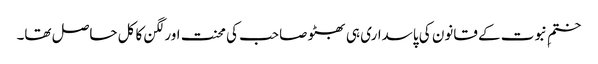
ختمِ نبوت کے قانون کی پاسداری ہی بھٹو صاحب کی محنت اور لگن کا کل حاصل تھا۔